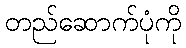
တည်ဆောက်ပုံကို